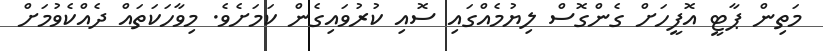
މަތިން ޕާޓީ އޮފީހަށް ގެންގޮސް ލިޔުމެއްގައި ސޮއި ކުރުވައިގެން ކަމަށެވެ. މިވާހަކަތައް ދެއްކެވުމަށް